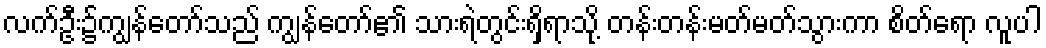
လက်ဦး၌ကျွန်တော်သည် ကျွန်တော်၏ သားရဲတွင်းရှိရာသို့ တန်းတန်းမတ်မတ်သွားကာ စိတ်ရော လူပါ